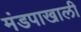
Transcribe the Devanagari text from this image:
मंडपाखाली